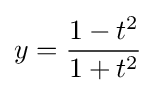
y={\frac {1-t^{2}}{1+t^{2}}}